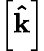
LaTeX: \left[\mathbf{\hat{k}}\right]